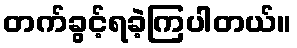
တက်ခွင့်ရခဲ့ကြပါတယ်။